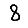
Digit: 8